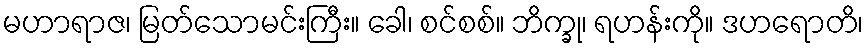
မဟာရာဇ၊ မြတ်သောမင်းကြီး။ ခေါ၊ စင်စစ်။ ဘိက္ခု၊ ရဟန်းကို။ ဒဟရောတိ၊